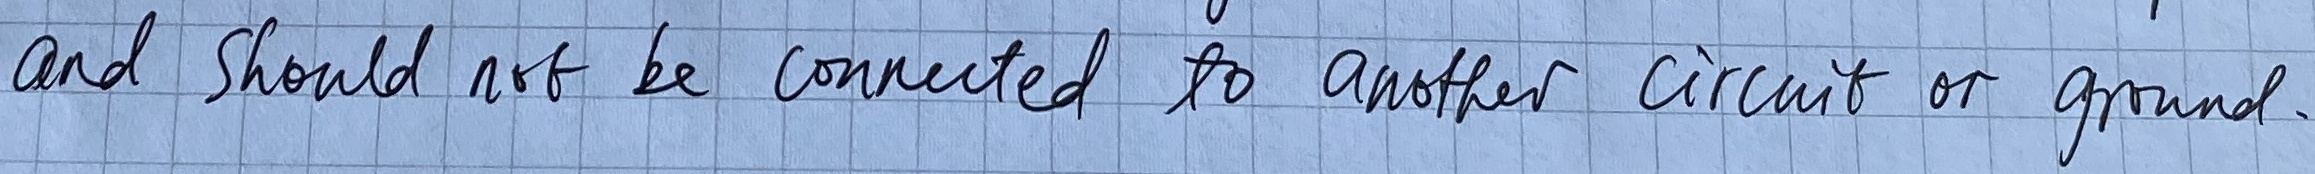
Text: and should not be connected to another circuit or ground